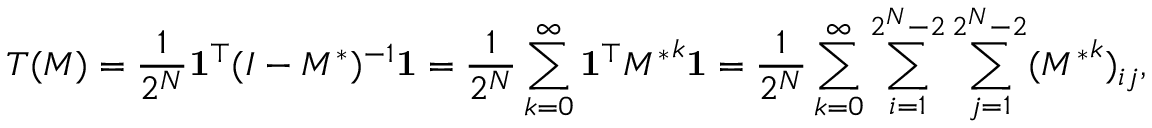
T ( M ) = \frac { 1 } { 2 ^ { N } } \mathbf { 1 } ^ { \top } ( I - M ^ { \ast } ) ^ { - 1 } \mathbf { 1 } = \frac { 1 } { 2 ^ { N } } \sum _ { k = 0 } ^ { \infty } \mathbf { 1 } ^ { \top } { M ^ { \ast } } ^ { k } \mathbf { 1 } = \frac { 1 } { 2 ^ { N } } \sum _ { k = 0 } ^ { \infty } \sum _ { i = 1 } ^ { 2 ^ { N } - 2 } \sum _ { j = 1 } ^ { 2 ^ { N } - 2 } ( { M ^ { \ast } } ^ { k } ) _ { i j } ,